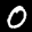
Label: 0